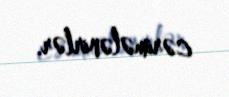
cərimələnirlər.